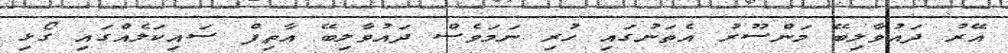
އޭރު ދައުވާލިބޭ މަންސޫރު އެތަނުގައި ހުރި ނަމަވެސް ދައުވާލިބޭ އާތިފް ސައިކަލެއްގައި ގޯޅި